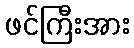
ဖင်ကြီးအား